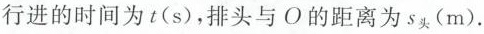
行进的时间为t(s)，排头与O的距离为S_{头}(m).